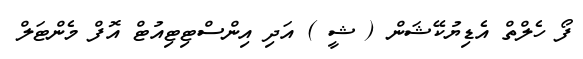
ފޯ ހެލްތް އެޑިޔުކޭޝަން ( ޝީ ) އަދި އިންސްޓިޓިއުޓް އޮފް މެންޓަލް